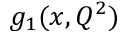
g _ { 1 } ( x , Q ^ { 2 } )